King Institute of Preventive Medicine Micro-Biological Section reports 1912-19
Year: 1912
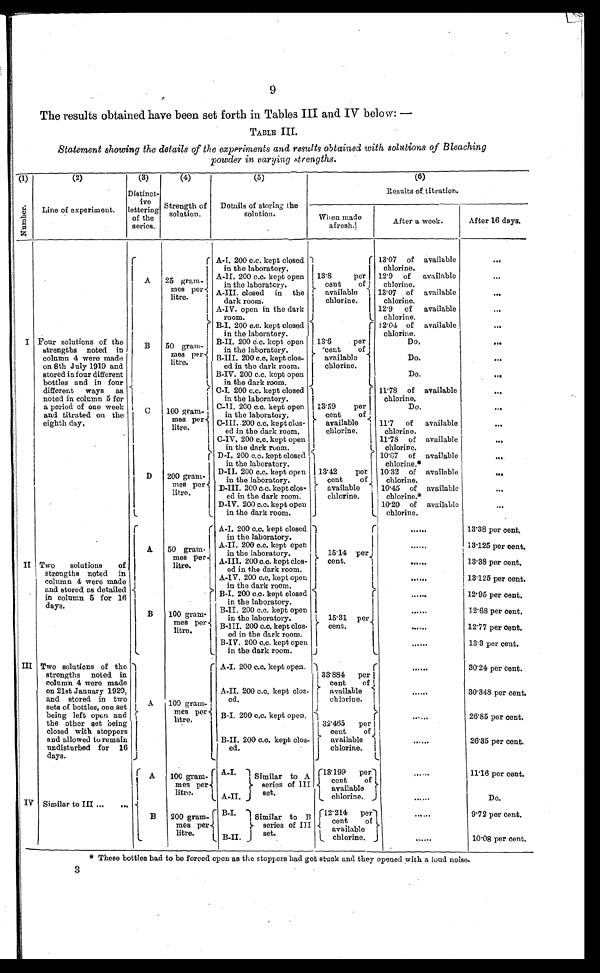
9
The results obtained have been set forth in Tables III and IV below: —
TABLE III.
Statement showing the details of the experiments and results obtained with solutions of Bleaching
powder in varying strengths.
(1) Number.
(2)
Line of experiment.
(3)
Distinct-
i v e l e t t e r i n g
of the
series.
(4)
Strength of
solution.
(5)
Details of storing the
s o l u t i o n .
(6)
Results of. titration.
When made
afresh.
After a week.
After 16 days.
I Four solutions of the
strengths noted in
column 4 were made
on 8th July 1919 and
stored in four different
bottles and in four
different ways as
noted in column 5 for
a period of one week
and titrated on the
eighth day.
A
2 5 g r a m - m e s p e r - l i t r e . A-I. 200 c.c. kept closed
in the laboratory.
A-II. 200 c.c. kept open
in the laboratory.
A-III. closed in the
dark room.
A-IV. open in the dark
room.
13.8
per
cent
of
available
chlorine.
13.07 of available
chlorine.
. . .
12.9 of available
chlorine.
. . .
13.07 of available
chlorine.
. . .
12.9 of available
chlorine.
. . .
B
5 0 g r a m -
m e s p e r -
l i t r e . B-I. 200 c.c. kept closed
in the laboratory.
B-II. 200 c.c. kept open
in the laboratory.
B-111. 200 c.c. kept clos-
ed in the dark room
B-IV. 200 c.c. kept open
in the dark room.
13.6
per
cent
of
available
chlorine.
12.04 of available
chlorine.
. . .
D o .
. . .
Do.
. .
Do.
. . .
C
100 gram-
mes. per
litre
C-I. 200 c.c. kept closed 1 1
in the laboratory
C-II. 200 c.c. kept open
in the laboratory.
C-III.c.c. kept clos-
ed in the dark room.
C-IV. 200 c.c. kept open
in the dark room.
13.59
per
cent
of
available
chlorine,
11.78 of available
chlorine.
. . .
Do,
. . .
11.7 of available
chlorine.
. . .
11.78 of available
chlorine.
. . .
D
L
200 gram-
mes Per
litre.
D-I. 200 c.c. kept closed
in the laboratory
D-II. 200 c.c. kept open
in the laboratory.
D-III. 200 c.c. kept clos-
ed in the dark room.
D-IV. 200 c.c. kept open
in the dark room.
13.42
per
cent
of
available
chlorine.
10'67 of available
chlorine.*
. . .
10'32 of available
chlorine.
. . .
10.45 of available
c h l o r i n e . *
. . . .
10.20 of available
c h l o r i n e .
. . .
II Two solutions
of
strengths noted in
column 4 were made
and stored as detailed
in column 5 for 16
days.
I
A
50 gram- I
mes per
litre.
A-I. 200 c.c. kept closed
in the laboratory.
A-II. 200 c.c. kept open
in the laboratory.
A-III. 200 c.c. kept clos-
ed in the dark room
A-IV. 200 c.c. kept open
in the dark room.
15.14 per
cent.
. . . . . .
13.38 per cent.
......
13.125 per cent.
...... 13.38 per cent.
......
13.125 per cent.
B 100 gram-
mes per
l i t re.
B-I. 200 c.c. kept closed
in the laboratory.
B-II. 200 c.c. kept open
in the laboratory.
B-III. 200 c.c. kept clos-
ecl in the dark room.
B-IV. 200 c.c. kept open.
in the dark room.
15.31 per
cent.
...... 12.95 per cent.
. . . . . .
12.68 per cent.
. . . . . .
12.77 per cent.
. . . . . .
13.3 per cent.
III Two solutions of the
strengths noted in
column 4 were made
on 21st January 1920,
and stored in two
sets of bottles, one set
being left open and
the other set being
closed with stoppers
and allowed to remain
undisturbed for 16
days.
A 100 gram-
mes per
litre.
A-I. 200 c.c. kept open.
A-II. 200 c.c. kept clos-
ed.
33.884 per
cent
of
available
chlorine.
. . . . . .
30.24 per cent.
. . . . . .
30.348 per cent.
B-I. 200 c.c. kept open.
B-II. 200 c.c. kept clos-
ed.
32.465 per
cent
of
available
chlorine.
......
26.85 per cent.
. . . . . .
26.35 per cent.
IV Similar to III
A 100 gram-
mes per-
litre.
A-I.
Similar to A
series of III
A-II.
set.
18.199 per
cent
o f
available
chlorine..
. . . . . .
11.16 per cent.
. . . . . . .
Do.
B 200 gram-
mes per
litre.
B-I.
Similar to B
series of III
B-II.
set.
12.214 per
cent
of
•
available
chlorine.
. . . . . .
9.72 per cent.
......
10.08 per cent.
* These bottles had to be forced open as the stoppers had got stuok and they opened with a loud noise.
3